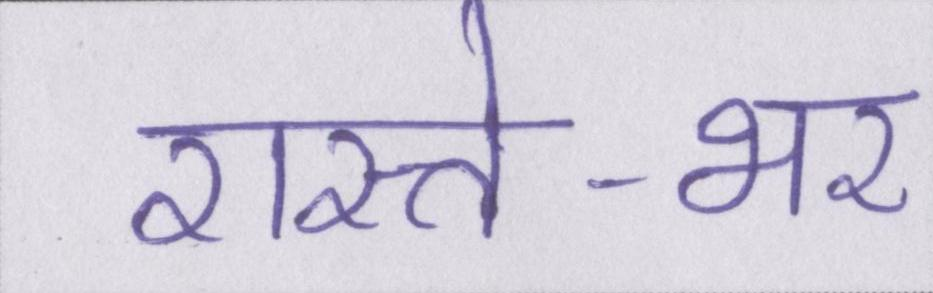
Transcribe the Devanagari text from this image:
रास्ते-भर